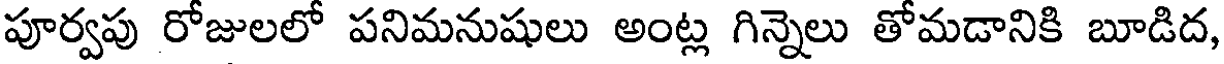
పూర్వపు రోజులలో పనిమనుషులు అంట్ల గిన్నెలు తోమడానికి బూడిద,